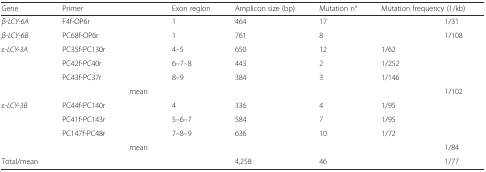
| Gene | Primer |  | Exon region | Amplicon size (bp) | Mutation n° | <COLSPAN=2> Mutation frequency (1/kb) |
 | --- | --- | --- | --- | --- | --- | --- | --- |
 | β-LCY-6A | F4f-OP6r |  | 1 | 464 | 17 |  | 1/31 |
 | β-LCY-6B | PC68f-OP6r |  | 1 | 761 | 8 |  | 1/108 |
 | ε-LCY-3A | PC35f-PC130r |  | 4–5 | 650 | 12 | 1/62 |  |
 |  | PC42f-PC40r |  | 6–7–8 | 443 | 2 | 1/252 |  |
 |  | PC43f-PC37r |  | 8–9 | 384 | 3 | 1/146 |  |
 |  |  | mean |  |  |  |  | 1/102 |
 | ε-LCY-3B | PC44f-PC140r |  | 4 | 336 | 4 | 1/95 |  |
 |  | PC41f-PC143r |  | 5–6–7 | 584 | 7 | 1/95 |  |
 |  | PC147f-PC48r |  | 7–8–9 | 636 | 10 | 1/72 |  |
 |  |  | mean |  |  |  |  | 1/84 |
 | Total/mean |  |  |  | 4,258 | 46 |  | 1/77 |